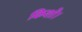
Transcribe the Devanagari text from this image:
किशो।